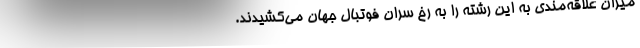
میزان علاقه‌مندی به این رشته را به رخ سران فوتبال جهان می‌کشیدند.